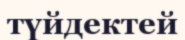
түйдектей